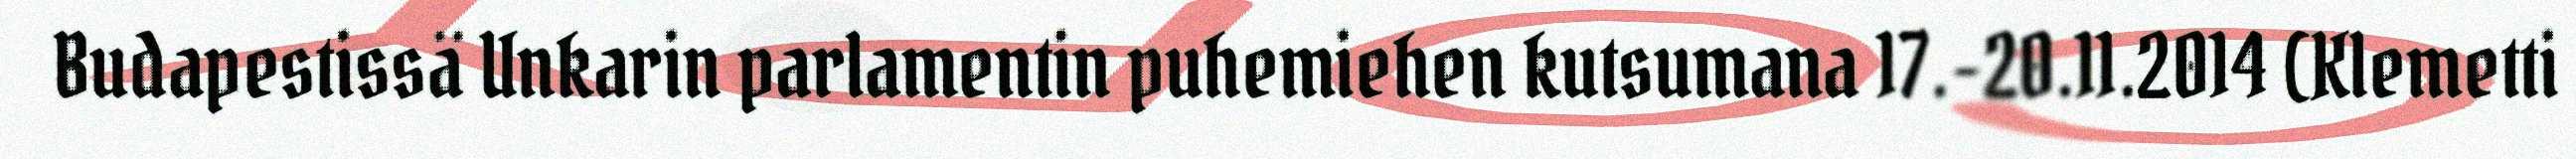
Budapestissä Unkarin parlamentin puhemiehen kutsumana 17.-20.11.2014 (Klemetti